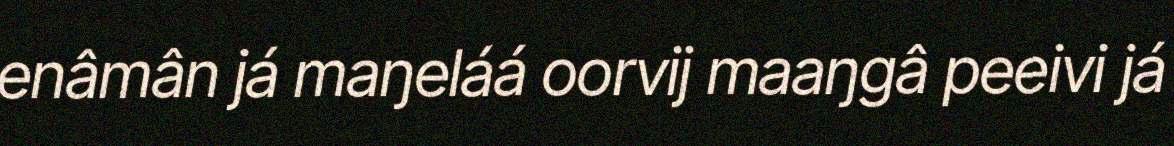
enâmân já maŋeláá oorvij maaŋgâ peeivi já